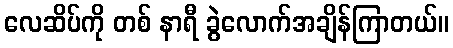
လေဆိပ်ကို တစ် နာရီ ခွဲလောက်အချိန်ကြာတယ်။